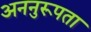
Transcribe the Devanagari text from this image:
अननुरूपता